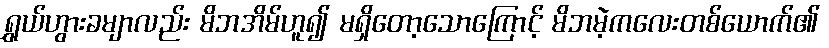
ရွှယ်ဟွားခမျာလည်း မိဘအိမ်ဟူ၍ မရှိတော့သောကြောင့် မိဘမဲ့ကလေးတစ်ယောက်၏